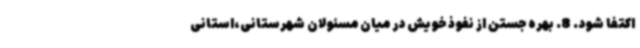
اکتفا شود. 8. بهره جستن از نفوذ خویش در میان مسئولان شهرستانی،استانی